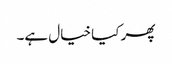
پھر کیا خیال ہے۔